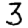
Digit: 3